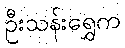
ဦးသန်းရွှေက